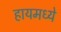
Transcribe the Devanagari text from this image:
हायमध्ये